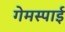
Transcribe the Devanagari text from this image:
गेमस्पाई